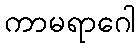
ကာမရာဂေါ